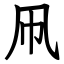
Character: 凧